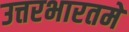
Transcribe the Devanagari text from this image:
उत्तरभारतमें